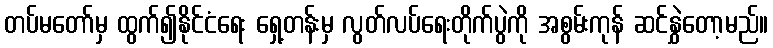
တပ်မတော်မှ ထွက်၍နိုင်ငံရေး ရှေ့တန်းမှ လွတ်လပ်ရေးတိုက်ပွဲကို အစွမ်းကုန် ဆင်နွှဲတော့မည်။